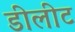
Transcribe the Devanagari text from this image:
डीलीट